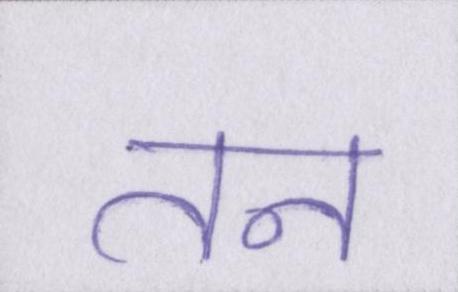
तन